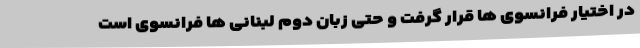
در اختیار فرانسوی ها قرار گرفت و حتی زبان دوم لبنانی ها فرانسوی است